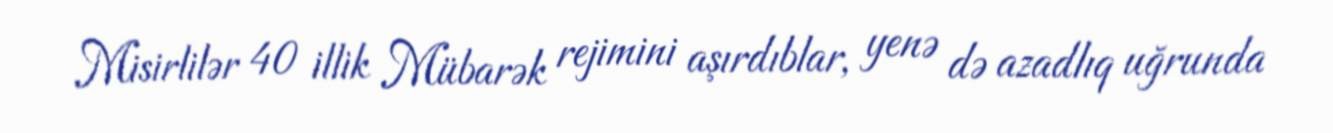
Misirlilər 40 illik Mübarək rejimini aşırdıblar, yenə də azadlıq uğrunda